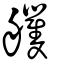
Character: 𦫇